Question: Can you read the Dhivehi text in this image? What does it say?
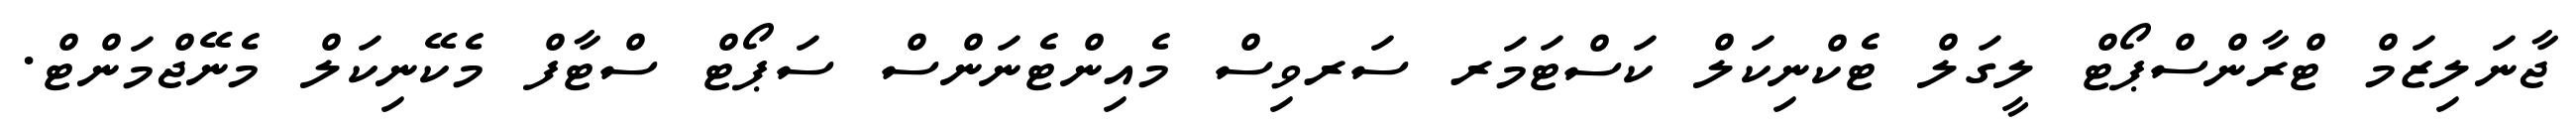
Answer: ޖާނަލިޒަމް ޓްރާންސްޕޯޓް ލީގަލް ޓެކްނިކަލް ކަސްޓަމަރ ސަރވިސް މެއިންޓެނަންސް ސަޕޯޓް ސްޓާފް މެކޭނިކަލް މެނޭޖްމަންޓް.